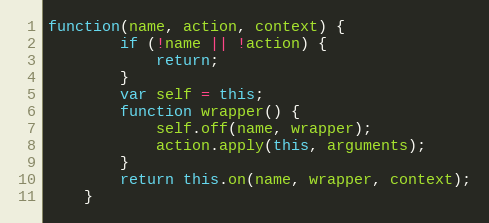
Language: JavaScript
function(name, action, context) {
        if (!name || !action) {
            return;
        }
        var self = this;
        function wrapper() {
            self.off(name, wrapper);
            action.apply(this, arguments);
        }
        return this.on(name, wrapper, context);
    }